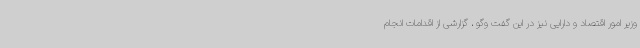
وزیر امور اقتصاد و دارایی نیز در این گفت وگو ، گزارشی از اقدامات انجام